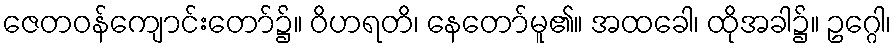
ဇေတဝန်ကျောင်းတော်၌။ ဝိဟရတိ၊ နေတော်မူ၏။ အထခေါ၊ ထိုအခါ၌။ ဥဂ္ဂေါ၊